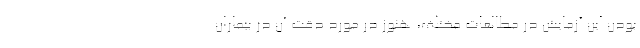
بودن این آزمایش در مطالعات مختلف، هنوز در مورد دقت آن در بیماران